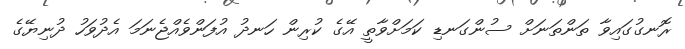
ރޮނގުގައިވާ ތަންތަނަށް ސުންގަނޑި ކަމަށްވާތީ އޭގެ ކުރިން ހަނދު އުފަންވެއްޖެނަމަ އެދުވަހު ދުނިޔޭގެ